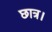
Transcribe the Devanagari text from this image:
छात्र।